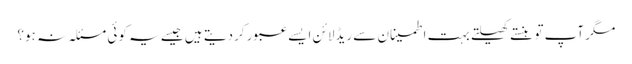
مگر آپ تو ہنستے کھیلتے بہت اطمینان سے ریڈلائن ایسے عبور کردیتے ہیں جیسے یہ کوئی مسئلہ نہ ہو؟